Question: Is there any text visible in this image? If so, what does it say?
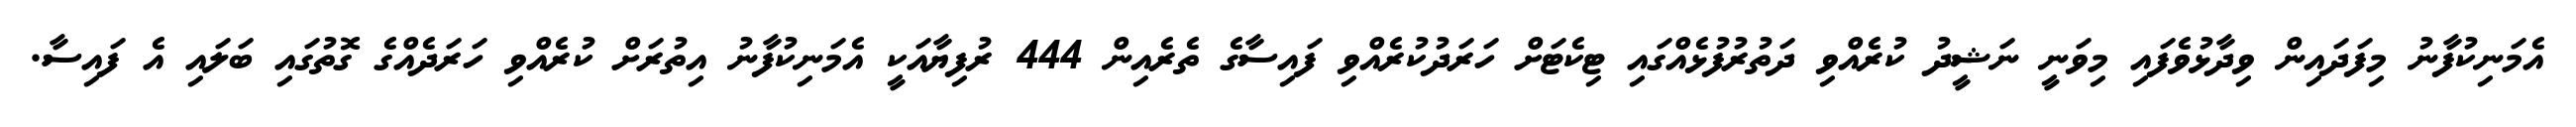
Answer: އެމަނިކުފާނު މިފަދައިން ވިދާޅުވެފައި މިވަނީ ނަޝީދު ކުރެއްވި ދަތުރުފުޅެއްގައި ޓިކެޓަށް ހަރަދުކުރެއްވި ފައިސާގެ ތެރެއިން 444 ރުފިޔާއަކީ އެމަނިކުފާނު އިތުރަށް ކުރެއްވި ހަރަދެއްގެ ގޮތުގައި ބަލައި އެ ފައިސާ.